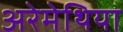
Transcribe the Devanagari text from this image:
अरेमेथिया